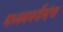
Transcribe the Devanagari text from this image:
मध्यमवर्गीयांचा